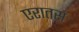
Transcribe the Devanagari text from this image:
एरातस